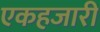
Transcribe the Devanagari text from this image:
एकहजारी